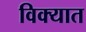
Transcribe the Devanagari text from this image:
विक्यात